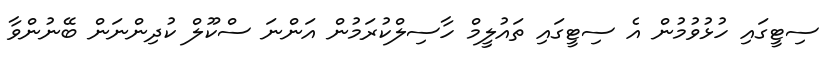
ސިޓީގައި ހުޅުވުމުން އެ ސިޓީގައި ތައުލީމް ހާސިލްކުރަމުން އަންނަ ސްކޫލް ކުދިންނަން ބޭނުންވާ